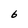
Character: 6